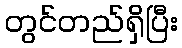
တွင်တည်ရှိပြီး